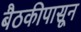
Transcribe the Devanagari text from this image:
बैठकीपासून